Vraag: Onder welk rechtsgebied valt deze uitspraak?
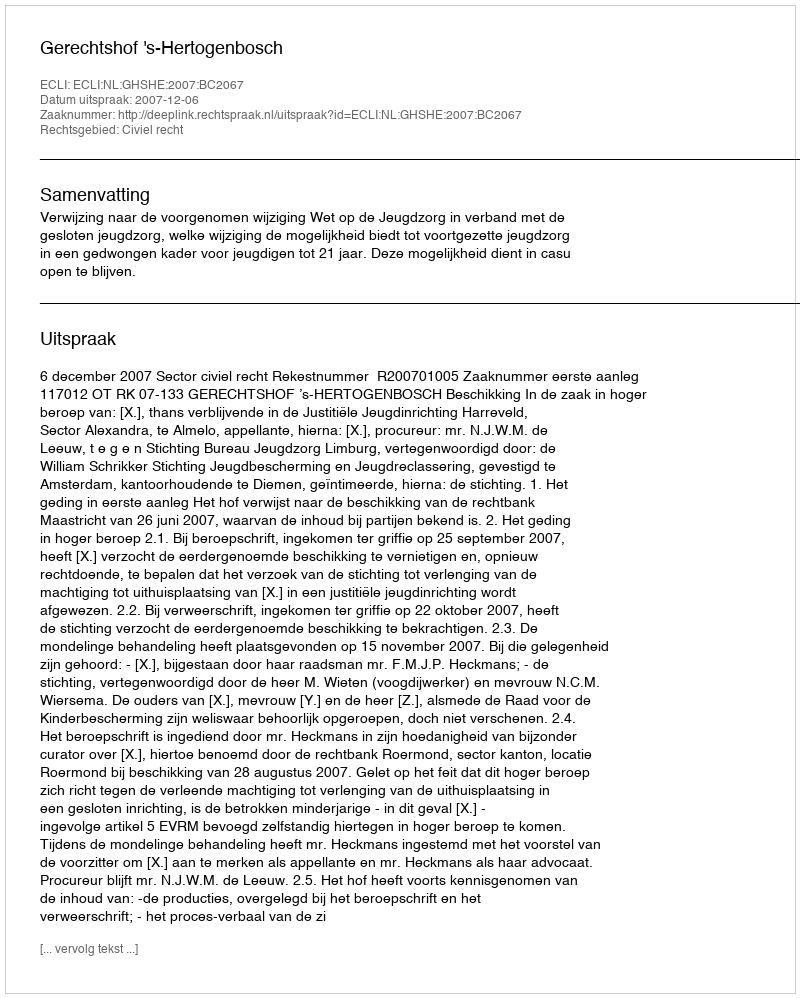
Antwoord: Civiel recht